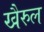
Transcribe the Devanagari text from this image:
खैरुल